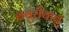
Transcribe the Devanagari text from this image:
बबुरीबाबु